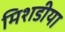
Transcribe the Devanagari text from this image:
मिशडीया